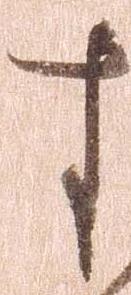
す